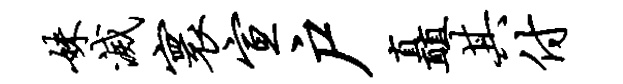
妹灭寰宣户矗其付